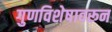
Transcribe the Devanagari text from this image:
गुणविशेषावरून